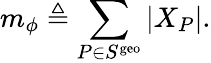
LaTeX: m_{\phi}\triangleq\sum_{P\in S^{\mathrm{geo}}}|X_{P}|.